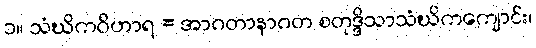
၁။ သံဃိကဝိဟာရ = အာဂတာနာဂတ စတုဒ္ဒိသာသံဃိကကျောင်း၊